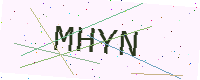
Text: MHYN